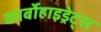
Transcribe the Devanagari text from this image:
कार्बोहाइड्रेट्‌स